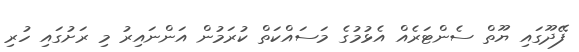
ފޭދޫގައި ޔޫތް ސެންޓަރެއް އެޅުމުގެ މަސައްކަތް ކުރަމުން އަންނައިރު މި ރަށުގައި ހުރި